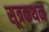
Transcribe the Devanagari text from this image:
सूत्रकथन